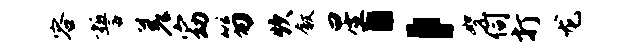
容誓差窈笏炊叙星；絮伺打龙